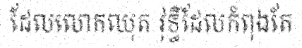
ដែលលោកឈុត វុទ្ធីដែលកំពុងតែ